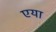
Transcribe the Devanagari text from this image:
एया